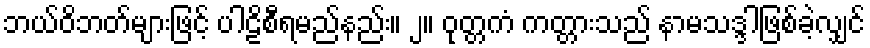
ဘယ်ဝိဘတ်များဖြင့် ပါဠိစီရမည်နည်း။ ၂။ ဝုတ္တကံ ကတ္တားသည် နာမသဒ္ဒါဖြစ်ခဲ့လျှင်